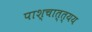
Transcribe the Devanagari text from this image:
पाश्चात्त्यय